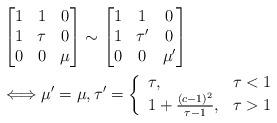
LaTeX: \begin{align*}&\left[\begin{matrix} 1 & 1 & 0\\ 1 & \tau & 0\\ 0 & 0 & \mu \end{matrix}\right]\sim \left[\begin{matrix} 1 & 1 & 0\\ 1 & \tau'& 0\\ 0 & 0 & \mu' \end{matrix}\right] \\&\Longleftrightarrow \mu'=\mu,\tau' = \left\{\begin{array}{ll}\tau, & \tau<1 \\1+\frac{(c-1)^2}{\tau-1}, & \tau>1\end{array}\right.\end{align*}